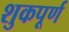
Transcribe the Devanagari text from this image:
शुकपूर्ण